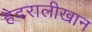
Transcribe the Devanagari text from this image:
हैदरालीखान